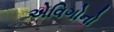
એવિગોનો